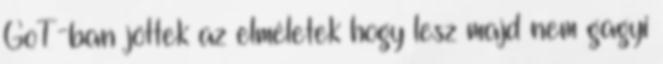
GoT-ban jöttek az elméletek hogy lesz majd nem gagyi